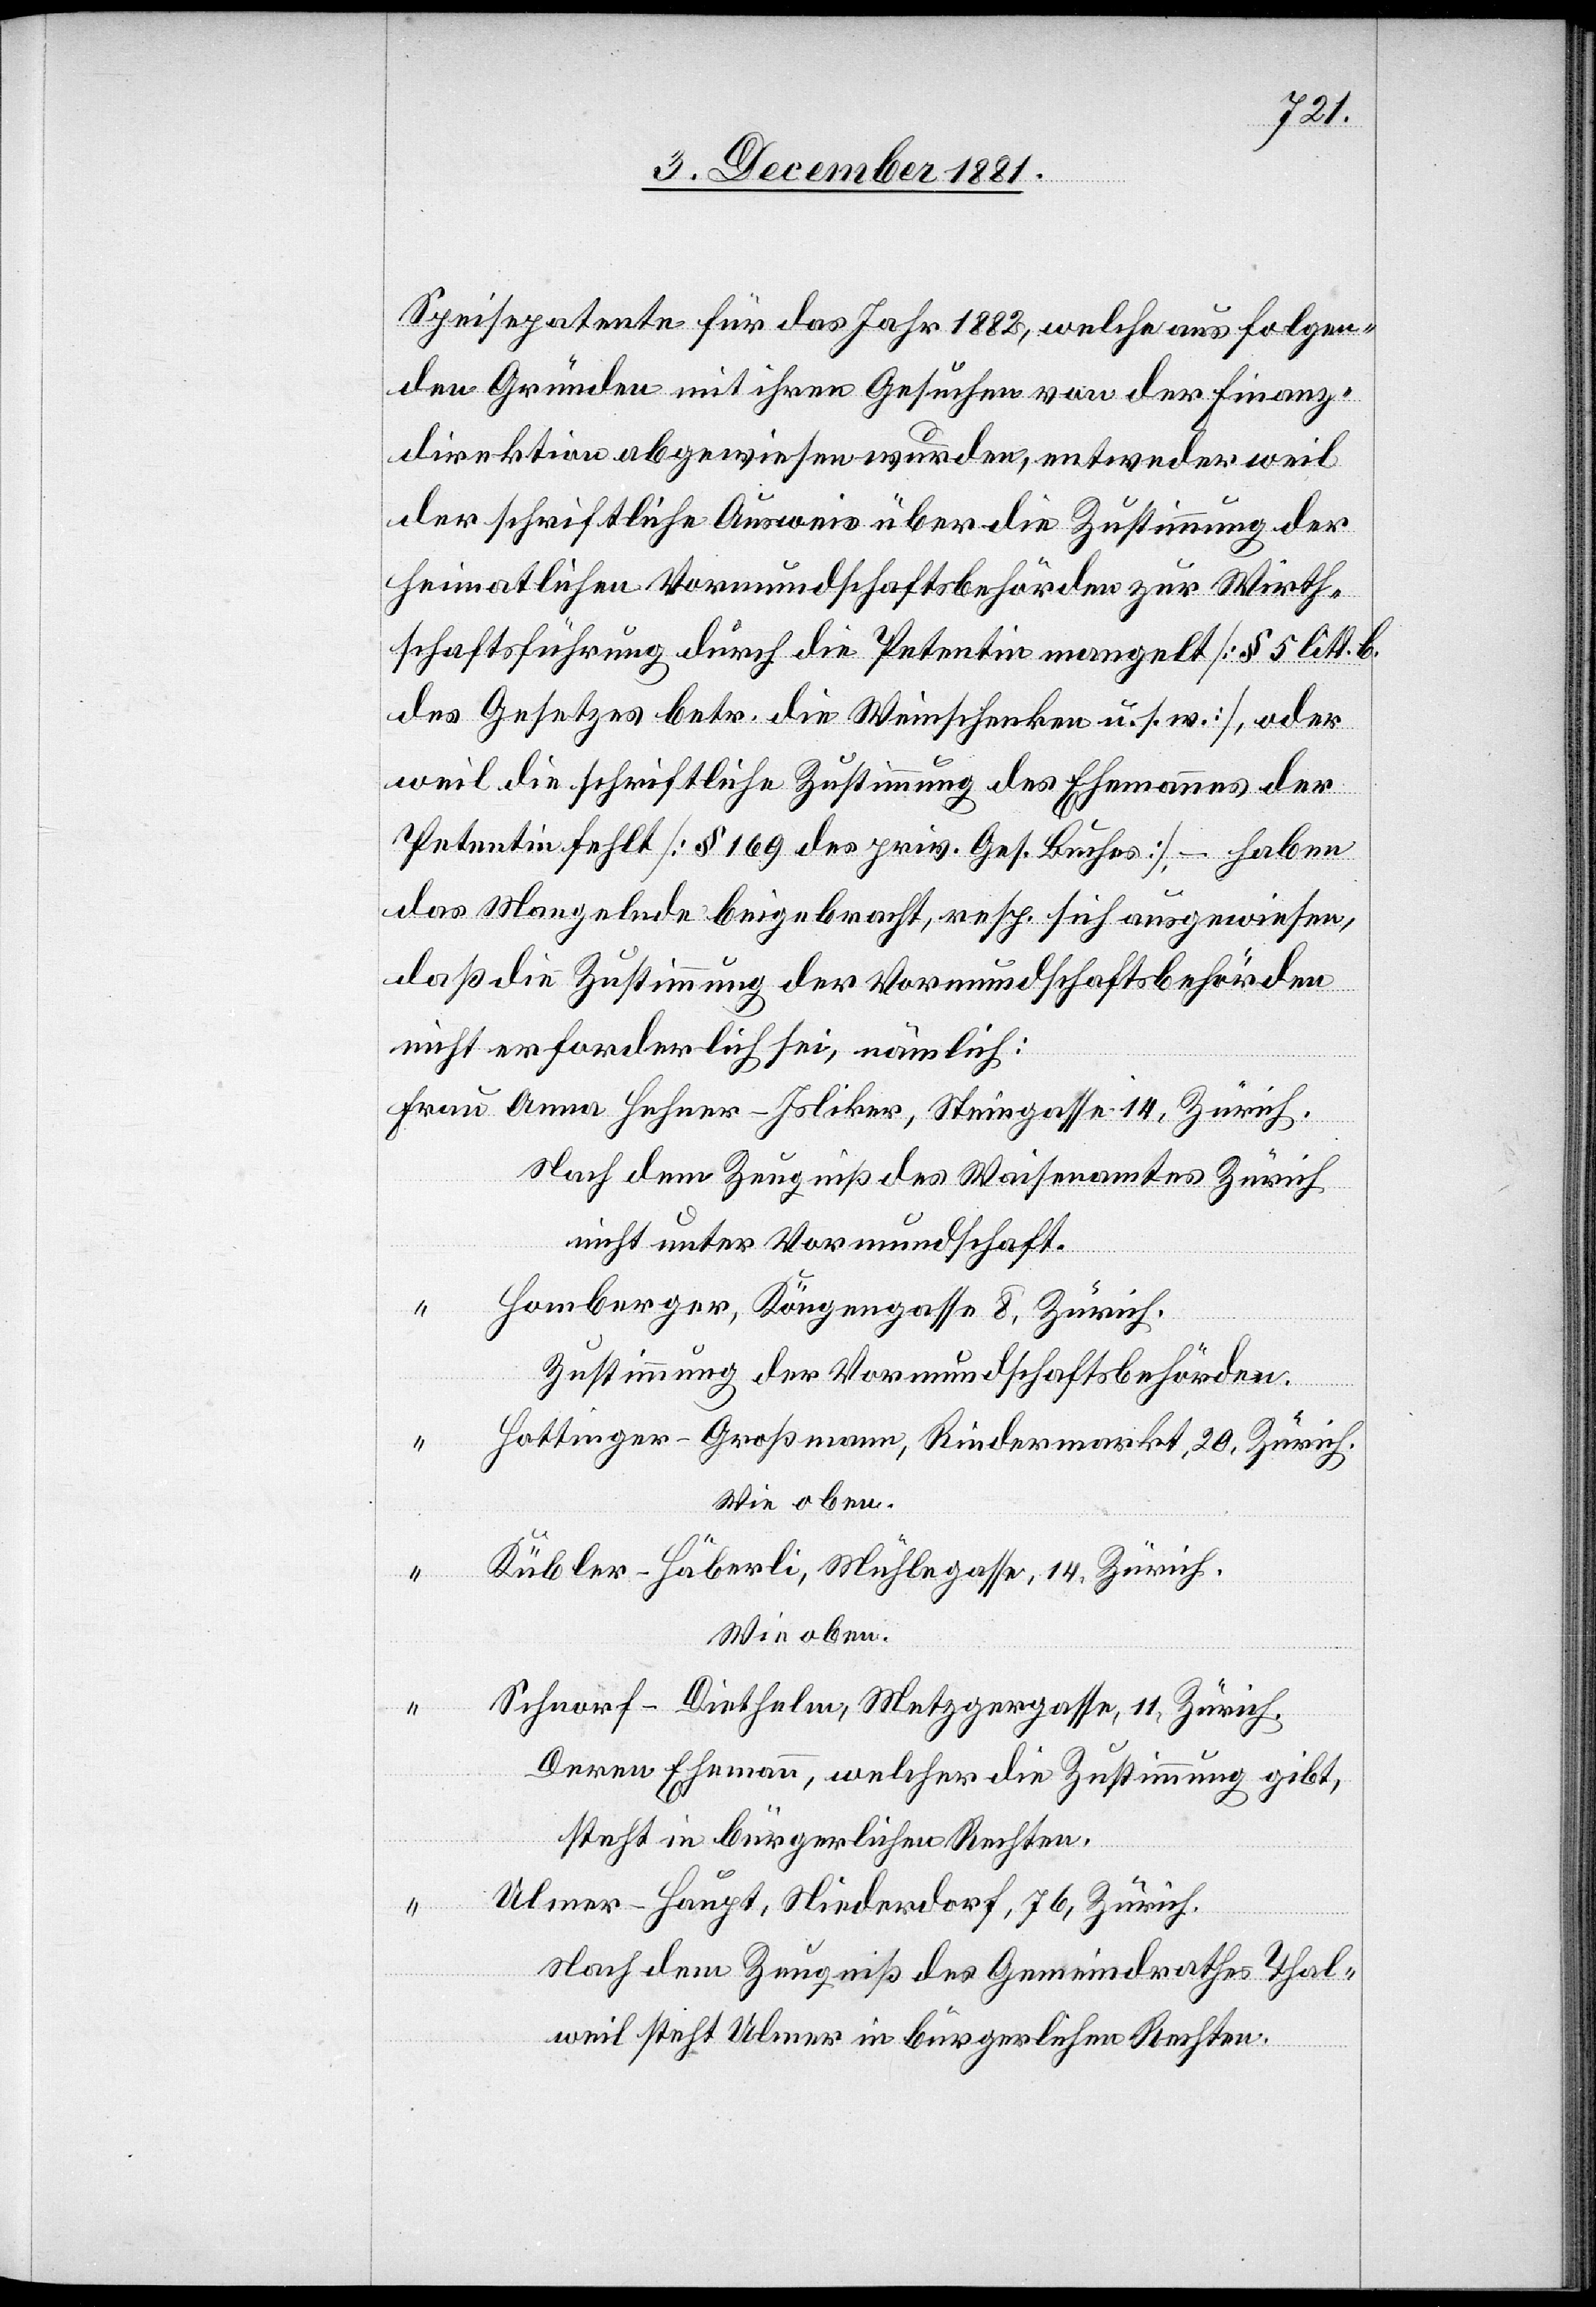
Speisepatente für das Jahr 1882, welche aus folgen¬
den Gründen mit ihren Gesuchen von der Finanz¬
direktion abgewiesen wurden, entweder weil
der schriftliche Ausweis über die Zustimmung der
heimatlichen Vormundschaftsbehörden zur Wirth¬
schaftsführung durch die Petentin mangelt [§ 5 litt. b.
des Gesetzes betr. die Weinschenken u. s. w.], oder
weil die schriftliche Zustimmung des Ehemannes der
Petentin fehlt [§ 169 des priv. Ges. Buches], – haben
das Mangelnde beigebracht, resp. sich ausgewiesen,
daß die Zustimmung der Vormundschaftsbehörden
nicht erforderlich sei, nämlich:
Anna Hehner-Isliker, Steingasse 14, Zürich.
Frau
Nach dem Zeugniß des Waisenamtes Zürich
nicht unter Vormundschaft.
Homberger, Köngengasse 8, Zürich.
Zustimmung der Vormundschaftsbehörden.
Hottinger-Großmann, Rindermarkt, 20, Zürich.
Wie oben.
Kübler-Häberli, Mühlegasse, 14, Zürich.
Schnorf- Diethelm, Metzgergasse, 11, Zürich.
Deren Ehemann, welcher die Zustimmung gibt,
steht in bürgerlichen Rechten.
Ulmer-Haupt, Niederdorf, 76, Zürich.
Nach dem Zeugniß des Gemeindrathes Thal¬
weil steht Ulmer in bürgerlichen Rechten.